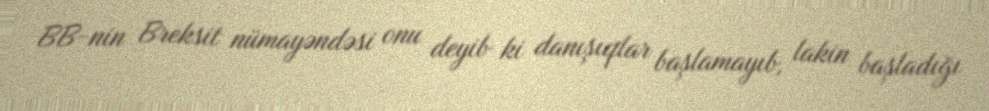
BB-nin Breksit nümayəndəsi onu deyib ki danışıqlar başlamayıb, lakin başladığı